Annual report of the Bengal Veterinary College and of the Civil Veterinary Department, Bengal, for the year 1918-19 - 1918-1919
Year: 1918
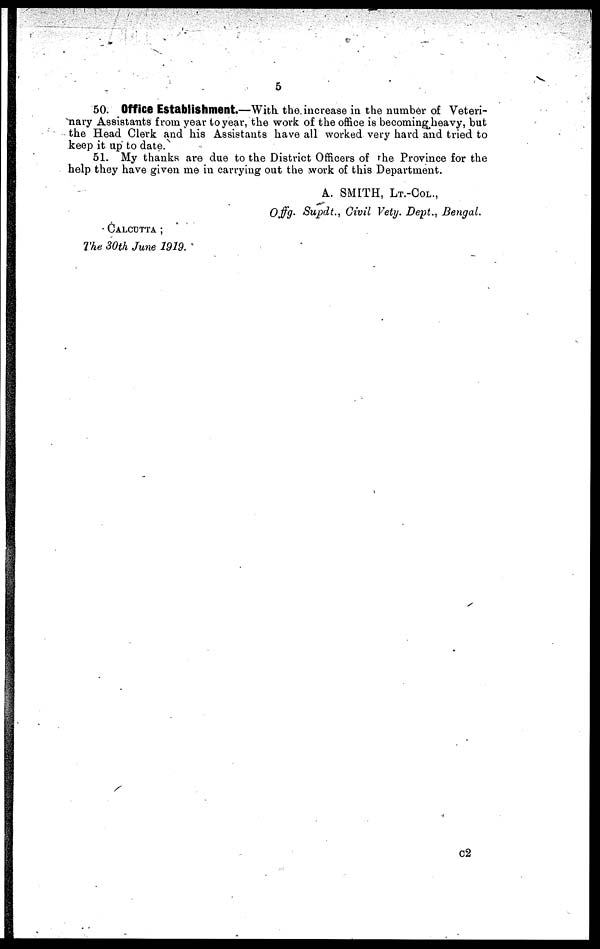
5
50. Office Establishment.—With the increase in the number of Veteri-
nary Assistants from year to year, the work of the office is becoming heavy, but
the Head Clerk and his Assistants have all worked very hard and tried to
keep it up to date.
51. My thanks are due to the District Officers of the Province for the
help they have given me in carrying out the work of this Department.
A. SMITH, LT.-COL.,
Offg. Supdt., Civil Vety. Dept., Bengal.
CALCUTTA ;
The 30th June 1919.
C2